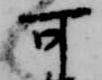
可